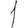
Digit: 1